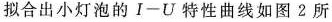
拟合出小灯泡的Ⅰ-U特性曲线如图2所